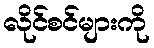
လိုင်စင်များကို